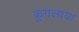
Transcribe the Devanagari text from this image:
क्रुगलाया